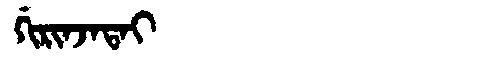
Manchu: ᡤᡳᡵᡳᠨᠵᠠᡨᠠᡳ
Romanization: GIRINJATAI